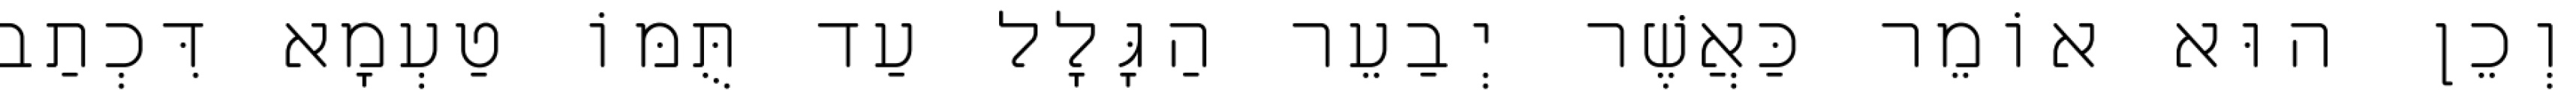
וְכֵן הוּא אוֹמֵר כַּאֲשֶׁר יְבַעֵר הַגָּלָל עַד תֻּמּוֹ טַעְמָא דִּכְתַב